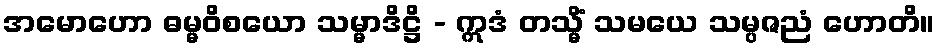
အမောဟော ဓမ္မဝိစယော သမ္မာဒိဋ္ဌိ - ဣဒံ တသ္မိံ သမယေ သမ္ပဇညံ ဟောတိ။